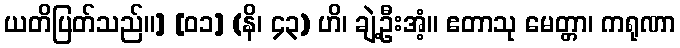
ယတိပြတ်သည်။] [၀၁] (နိ၊ ၄၃) ဟိ၊ ချဲ့ဦးအံ့။ ဧတာသု မေတ္တာ၊ ကရုဏာ